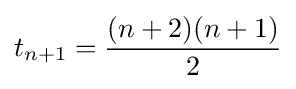
t_{n+1}={\frac {(n+2)(n+1)}{2}}